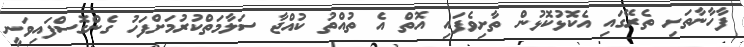
ފާހާނާތަށި ތެރޭގައި އެކޮޅުކޮޅުން ތާށިވެފައި އޮތް އެ ތުއްތު ކުއްޖާ ސަލާމަތްކުރުމަށްފަހު ގެންގޮސްފައިވަނީ